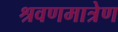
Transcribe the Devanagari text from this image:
श्रवणमात्रेण